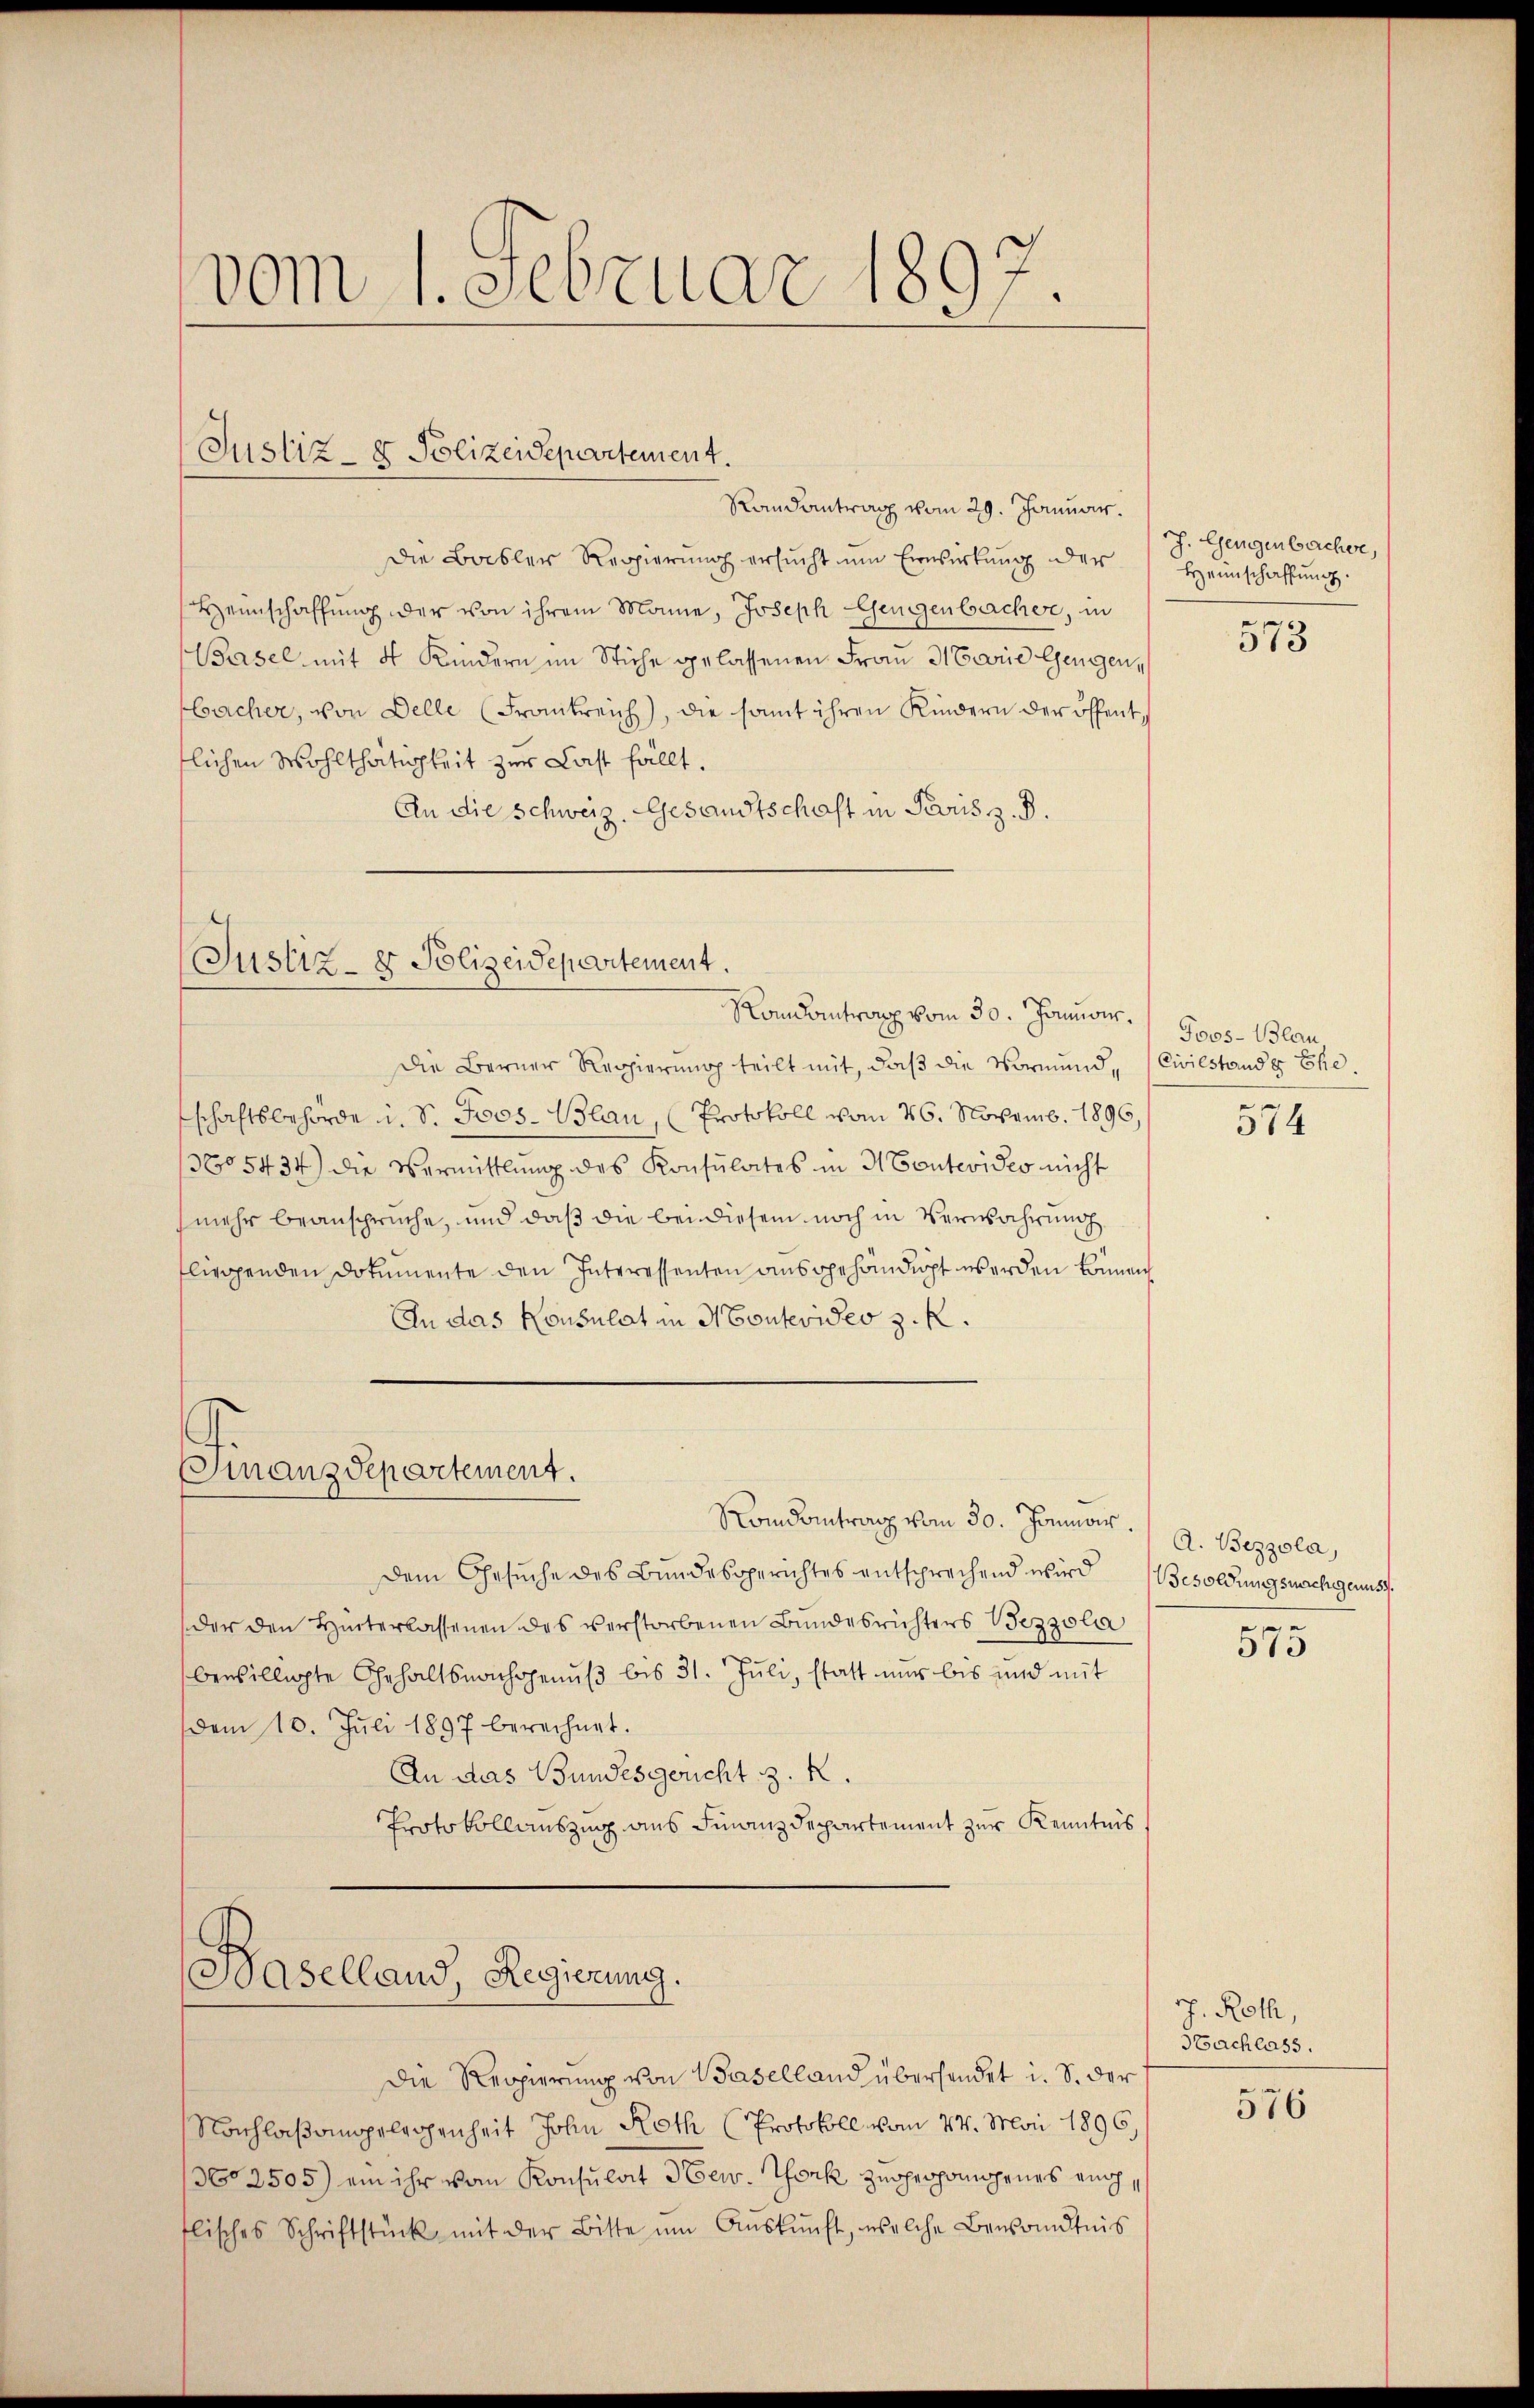
vom 1. Februar 1897

Justiz- & Polizeidepartement.

Randantrag vom 29. Januar.
Die Basler Regierung ersucht um Erwirkung der
Heimschaffung der von ihrem Manne, Joseph Gengenbacher, in
Basel mit 4 Kindern im Stiche gelassenen Frau Marie Gengen,
bacher, von Delle (Frankreich, die samt ihren Kindern der öffenttlichen Wohlthätigkeit zur Last fällt.
An die Schweiz. Gesandtschaft in Paris z. B.

Justiz- & Polizeidepartement.
Romantrag vom 30. Januair.

Finanzdepartement.

Baselland, Regierung.

Die Berner Regierŭng teilt mit, daβ die Vormund Civilstande Ehe
schaftsbehörde d. d. Jos. Blau, (Protokoll vom 26. Novemb. 1896,
No 5434) die Vermittlung des Konsulates in Montevides nicht
mehr beanspruche, und daß die bei diesem noch in Verwahrung
fliegenden Dokumente den Interessenten ausgehändigt werden können
In das Konsulat in Montevideo z. R.

Rondantrag vom 30. Januar. A. Bezzola,
Dem Gesuche des Bundesgerichtes entsprechend wird Besoldungsmachegens.
der den Hinterlassenen des verstorbenen Bundesrichters Bezzola
bewilligte Gehaltsnachgenuß bis 31. Juli, statt nur bis und mit
dem 10. Juli 1897 berechnet.
An das Bundesgericht z. R.
Protokollauszug aus Finanzdepartement zur Kenntnis

Die Reppierung von Baselland übersendet i. S. der
Nachlaßangelegenheit John Roth (Protokoll vom 24. Mai 1896,
362505) ein ihr vom Konsulat New York zugesponnenes eigtlisches Schriftstück mit der Bitte ŭm Aŭskŭnft, welche Bewandtnis

h. Gengenbacher,
Heimschaffung.

573

Joos-Blau

574

575

J. Roth,
Stachlass.

576